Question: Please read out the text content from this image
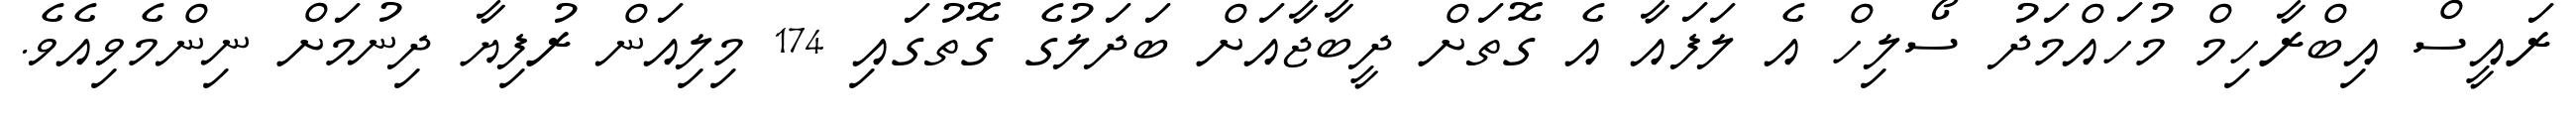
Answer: ރައީސް އިބްރާހިމް މުހައްމަދު ސޯލިހް އެ ލަފައާ އެ ގޮތަށް ދީބާޖާއަށް ބަދަލުގެ ގޮތުގައި 174 މިލިއަން ރުފިޔާ ދިނުމަށް ނިންމެވިއެވެ.